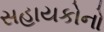
સહાયકોનો